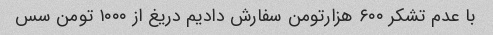
با عدم تشکر ۶۰۰ هزارتومن سفارش دادیم دریغ از ۱۰۰۰ تومن سس